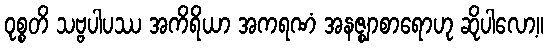
ဝုစ္စတိ သဗ္ဗပါပဿ အကိရိယာ အကရဏံ အနဇ္ဈာစာရောဟု ဆိုပါလော့။